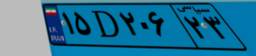
۱۵D۲۰۶۲۳